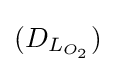
(D_{L_{O_{2}}})